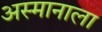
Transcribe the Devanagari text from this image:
अस्मानाला